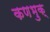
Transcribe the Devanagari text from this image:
कणभुक्